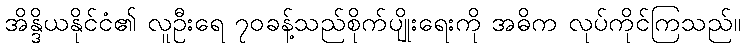
အိန္ဒိယနိုင်ငံ၏ လူဦးရေ ၇၀ခန့်သည်စိုက်ပျိုးရေးကို အဓိက လုပ်ကိုင်ကြသည်။